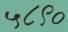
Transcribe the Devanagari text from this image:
५८९०